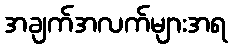
အချက်အလက်များအရ